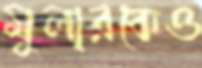
মুলারকেও